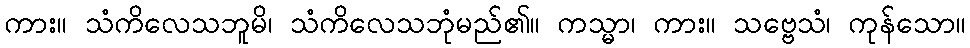
ကား။ သံကိလေသဘူမိ၊ သံကိလေသဘုံမည်၏။ ကသ္မာ၊ ကား။ သဗ္ဗေသံ၊ ကုန်သော။